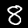
Label: 8